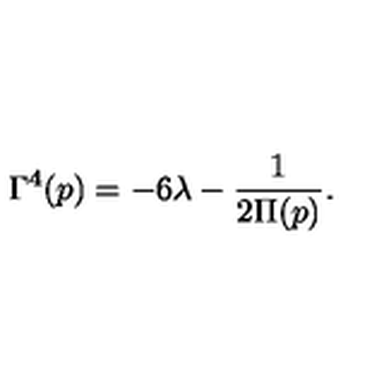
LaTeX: \Gamma ^ { 4 } ( p ) = - 6 \lambda - \frac { 1 } { 2 \Pi ( p ) } .